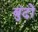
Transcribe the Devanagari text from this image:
बुंदों